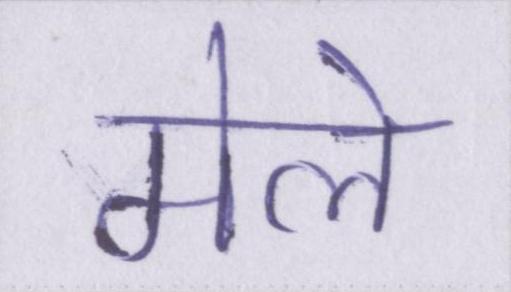
मेले